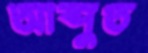
আব্দুত